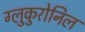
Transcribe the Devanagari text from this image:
ग्लुकुरोनिल